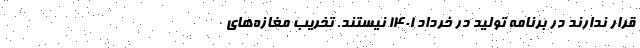
قرار ندارند در برنامه تولید در خرداد 1401 نیستند. تخریب مغازه‌های